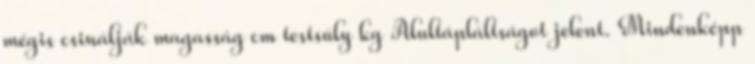
mégis csinálják magasság cm testsúly kg Alultápláltságot jelent. Mindenképp